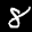
Digit: 8